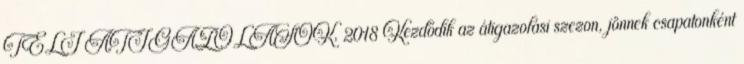
TÉLI ÁTIGAZOLÁSOK, 2018 Kezdődik az átigazolási szezon, jönnek csapatonként